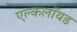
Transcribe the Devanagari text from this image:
एल्कलॉयड